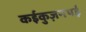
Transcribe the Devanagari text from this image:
कईकुज़नथई